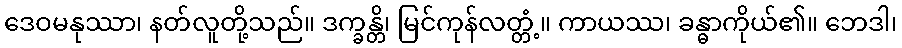
ဒေဝမနုဿာ၊ နတ်လူတို့သည်။ ဒက္ခန္တိ၊ မြင်ကုန်လတ္တံ့။ ကာယဿ၊ ခန္ဓာကိုယ်၏။ ဘေဒါ၊